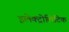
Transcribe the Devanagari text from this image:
इलेक्ट्रोलिटिक